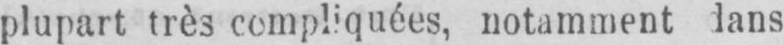
plupart très compliquées, notamment dans